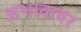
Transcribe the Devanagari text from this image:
अभावावर